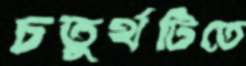
চতুর্থটিতে